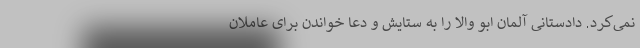
نمی‌کرد. دادستانی آلمان ابو والا را به ستایش و دعا خواندن برای عاملان